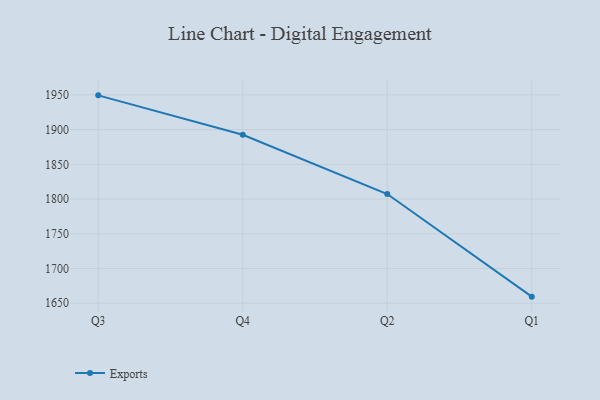
{"axis": {"x": "Quarter", "y": "Temperature (°C)"}, "legend": ["Exports"], "data": [{"x": "Q3", "y": 1949.4, "type": "Exports"}, {"x": "Q4", "y": 1892.6, "type": "Exports"}, {"x": "Q2", "y": 1807.3, "type": "Exports"}, {"x": "Q1", "y": 1659.5, "type": "Exports"}]}